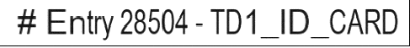
# Entry 28504 - TD1_ID_CARD